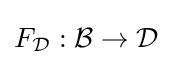
F_{\mathcal {D}}:{\mathcal {B}}\to {\mathcal {D}}